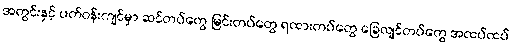
အတွင်းနှင့် ပတ်ဝန်းကျင်မှာ ဆင်တပ်တွေ မြင်းတပ်တွေ ရထားတပ်တွေ ခြေလျင်တပ်တွေ အထပ်ထပ်